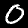
Digit: 0